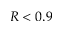
R < 0 . 9